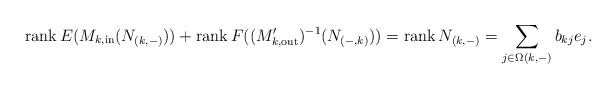
\begin{align*}\operatorname{rank} E(M_{k,\mathrm{in}}(N_{(k,-)})) + \operatorname{rank} {F((M_{k, \mathrm{out}}')^{-1}(N_{(-,k)}))} = \operatorname{rank} N_{(k,-)} = \sum_{j\in \Omega(k,-)} b_{kj}e_j.\end{align*}